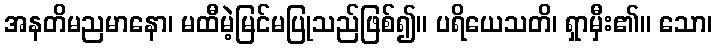
အနတိမညမာနော၊ မထီမဲ့မြင်မပြုသည်ဖြစ်၍။ ပရိယေသတိ၊ ရှာမှီး၏။ သော၊